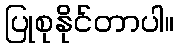
ပြုစုနိုင်တာပါ။